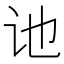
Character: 𫍙